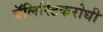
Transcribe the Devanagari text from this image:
बॅलिस्टिकरोधी